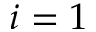
i = 1